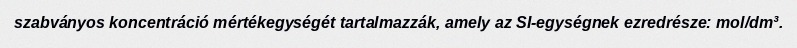
szabványos koncentráció mértékegységét tartalmazzák, amely az SI-egységnek ezredrésze: mol/dm³.